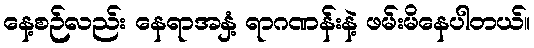
နေ့စဉ်လည်း နေရာအနှံ့ ရာဂဏန်းနဲ့ ဖမ်းမိနေပါတယ်။